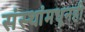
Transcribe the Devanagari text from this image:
संस्थांमधूनही